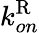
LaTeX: k_{on}^{\mathrm{R}}